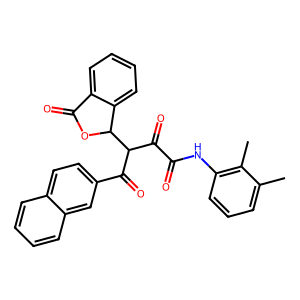
SMILES: Cc1cccc(NC(=O)C(=O)C(C(=O)c2ccc3ccccc3c2)C2OC(=O)c3ccccc32)c1C
Inhibits HIV replication: No